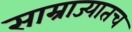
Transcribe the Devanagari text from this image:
साम्राज्यातच